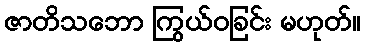
ဇာတိသဘော ကြွယ်ဝခြင်း မဟုတ်။